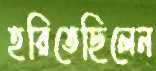
হরিতেছিলেন